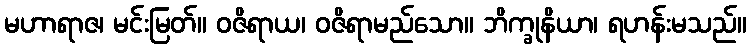
မဟာရာဇ၊ မင်းမြတ်။ ဝဇိရာယ၊ ဝဇိရာမည်သော။ ဘိက္ခုနိယာ၊ ရဟန်းမသည်။